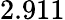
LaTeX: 2.911